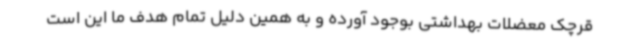
قرچک معضلات بهداشتی بوجود آورده و به همین دلیل تمام هدف ما این است